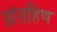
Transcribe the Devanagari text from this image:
प्रांतहिण